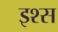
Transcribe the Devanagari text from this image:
इश्स